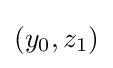
(y_{0},z_{1})